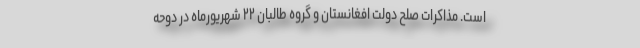
است. مذاکرات صلح دولت افغانستان و گروه طالبان ۲۲ شهریورماه در دوحه